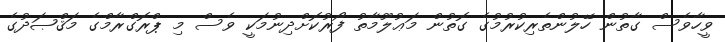
ވީހާވެސް ގާތުން ހޭލުންތެރިކުރުމުގެ ގޮތުން މަޢުލޫމާތު ފޯރުކޮށްދިނުމަކީ ވެސް މި ޕްރޮގްރާމްގެ މަޤްޞަދުގެ